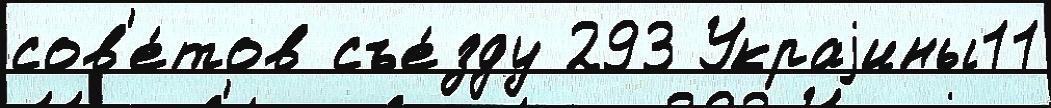
сов'е́тов съе́зду 293 Украjины11